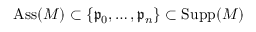
\operatorname { A s s } ( M ) \subset \{ { \mathfrak { p } } _ { 0 } , \dots , { \mathfrak { p } } _ { n } \} \subset \operatorname { S u p p } ( M )